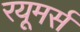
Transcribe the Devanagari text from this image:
रयूमर्स